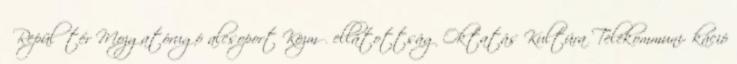
▪Repülőtér Mozgatórugó alcsoport Közmű ellátottság Oktatás Kultúra Telekommuni- káció